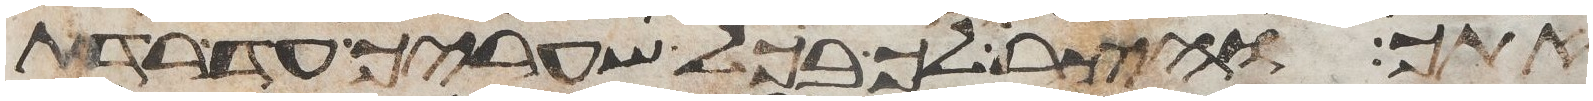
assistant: אתך והצר לך בכל שעריך עד רדת